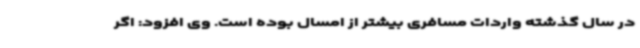
در سال گذشته واردات مسافری بیشتر از امسال بوده است. وی افزود: اگر